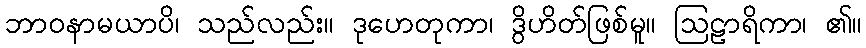
ဘာဝနာမယာပိ၊ သည်လည်း။ ဒုဟေတုကာ၊ ဒွိဟိတ်ဖြစ်မူ။ ဩဠာရိကာ၊ ၏။